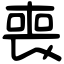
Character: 喪